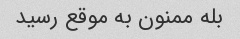
بله ممنون به موقع رسید